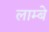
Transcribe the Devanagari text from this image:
लाम्बे